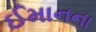
ઈમાનના